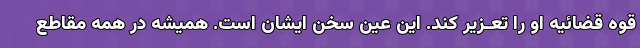
قوه قضائیه او را تعـزیر کند. این عین سخن ایشان است. همیشه در همه مقاطع